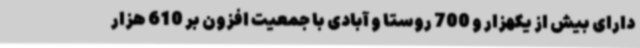
دارای بیش از یکهزار و 700 روستا و آبادی با جمعیت افزون بر 610 هزار